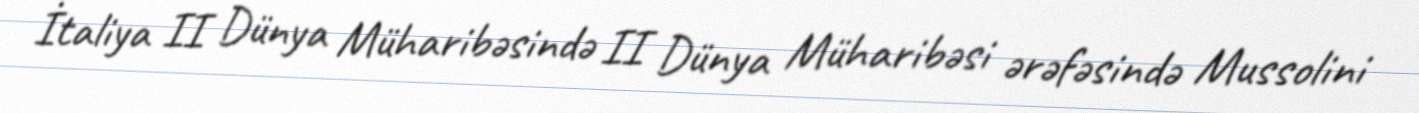
İtaliya II Dünya Müharibəsində II Dünya Müharibəsi ərəfəsində Mussolini